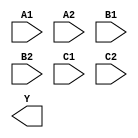
/**
 * Copyright 2020 The SkyWater PDK Authors
 *
 * Licensed under the Apache License, Version 2.0 (the "License");
 * you may not use this file except in compliance with the License.
 * You may obtain a copy of the License at
 *
 *     https://www.apache.org/licenses/LICENSE-2.0
 *
 * Unless required by applicable law or agreed to in writing, software
 * distributed under the License is distributed on an "AS IS" BASIS,
 * WITHOUT WARRANTIES OR CONDITIONS OF ANY KIND, either express or implied.
 * See the License for the specific language governing permissions and
 * limitations under the License.
 *
 * SPDX-License-Identifier: Apache-2.0
 */

`ifndef SKY130_FD_SC_LS__A222OI_SYMBOL_V
`define SKY130_FD_SC_LS__A222OI_SYMBOL_V

/**
 * a222oi: 2-input AND into all inputs of 3-input NOR.
 *
 *         Y = !((A1 & A2) | (B1 & B2) | (C1 & C2))
 *
 * Verilog stub (without power pins) for graphical symbol definition
 * generation.
 *
 * WARNING: This file is autogenerated, do not modify directly!
 */

`timescale 1ns / 1ps
`default_nettype none

(* blackbox *)
module sky130_fd_sc_ls__a222oi (
    //# {{data|Data Signals}}
    input  A1,
    input  A2,
    input  B1,
    input  B2,
    input  C1,
    input  C2,
    output Y
);

    // Voltage supply signals
    supply1 VPWR;
    supply0 VGND;
    supply1 VPB ;
    supply0 VNB ;

endmodule

`default_nettype wire
`endif  // SKY130_FD_SC_LS__A222OI_SYMBOL_V